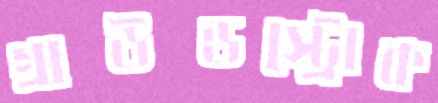
গ্রাউন্ডস্ট্রোক